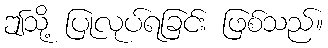
ဤသို့ ပြုလုပ်ရခြင်း ဖြစ်သည်။